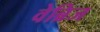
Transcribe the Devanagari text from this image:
वेब्रिज